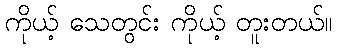
ကိုယ့် သေတွင်း ကိုယ့် တူးတယ်။